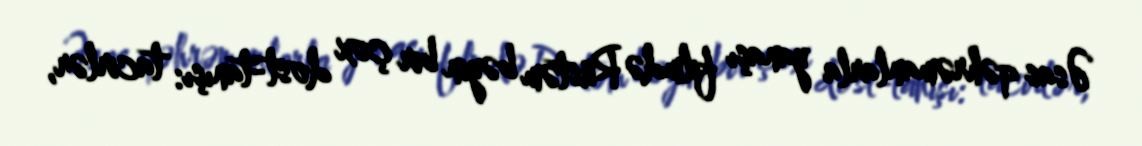
Əsas qəhrəmanlarla yanaşı filmdə Rüstəm bəyin bir çox dost-tanışı: tacirlər,